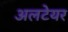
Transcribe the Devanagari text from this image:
अलटेयर